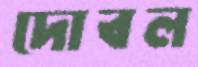
দোবল